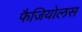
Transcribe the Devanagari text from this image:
फैजियोलस